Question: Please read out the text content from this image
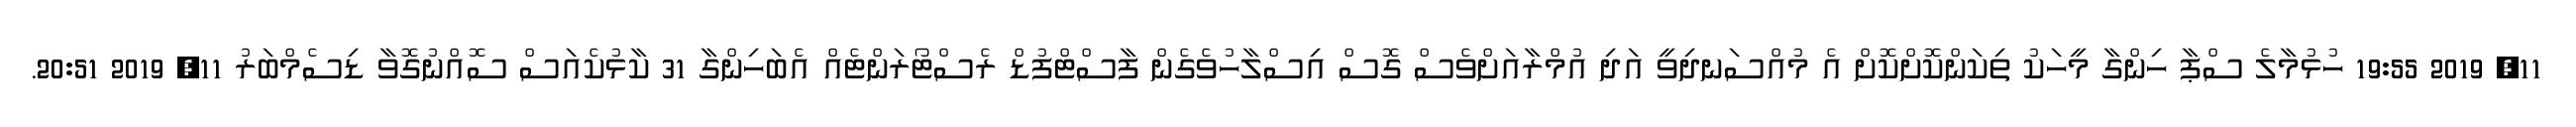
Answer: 11, 2019 19:55 ހުޅުމާލެ ސްޕާ ހިންގާ މީހަކު ތިކަންކޮށްކޮށް އެ މުއްސަނދިވީ އަދި އުމްރާއަށްވެސް ގޮސް އިސްލާހުވެގެން ފާސްޓްފުޑް ރެސްޓޯރަންޓެއް އެބަހިންގާ 31 ކާޅުކެއަސް ސޮއްނުގޮވާ ޑިސެމްބަރު 11, 2019 20:51.